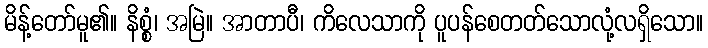
မိန့်တော်မူ၏။ နိစ္စံ၊ အမြဲ။ အာတာပီ၊ ကိလေသာကို ပူပန်စေတတ်သောလုံ့လရှိသော။